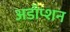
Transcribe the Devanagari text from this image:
अडॉप्शन